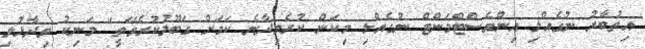
އިތުބާރު ނުގެއްލި އިންވެސްޓްމަންޓް ނުގެއްލި މިކަން ކުރެވިދާނެ ކަމަށް ގަބޫލުކުރެވޭތީ" މަނިކު ވިދާޅުވި